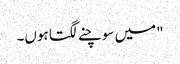
"میں سوچنے لگتا ہوں۔